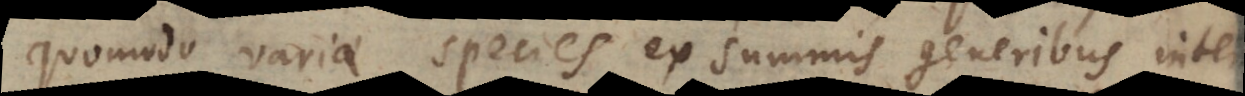
quomodo variae species ex summis generibus inter